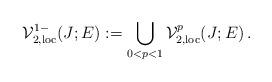
LaTeX: \begin{align*}\mathcal{V}^{1-}_{2,\mathrm{loc}}(J;E):=\bigcup_{0<p<1} \mathcal{V}_{2,\mathrm{loc}}^{p}(J;E)\, .\end{align*}